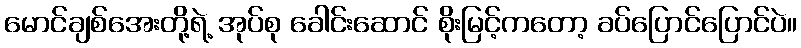
မောင်ချစ်အေးတို့ရဲ့ အုပ်စု ခေါင်းဆောင် စိုးမြင့်ကတော့ ခပ်ပြောင်ပြောင်ပဲ။